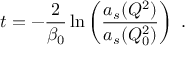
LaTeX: t = - { \frac { 2 } { \beta _ { 0 } } } \ln \left( { \frac { a _ { s } ( Q ^ { 2 } ) } { a _ { s } ( Q _ { 0 } ^ { 2 } ) } } \right) ~ .